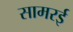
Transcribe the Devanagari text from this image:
सामरई